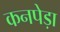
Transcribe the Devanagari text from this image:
कनपेड़ा